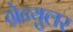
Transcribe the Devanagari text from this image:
ग्रेन्युलर